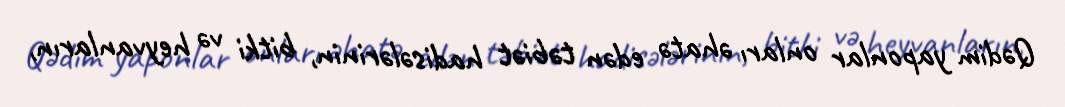
Qədim yaponlar onları əhatə edən təbiət hadisələrinin, bitki və heyvanların,